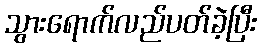
သွားရောက်လည်ပတ်ခဲ့ပြီး